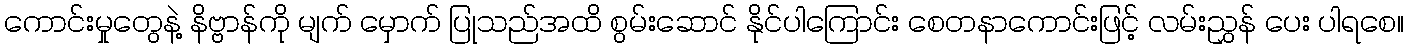
ကောင်းမှုတွေနဲ့ နိဗ္ဗာန်ကို မျက် မှောက် ပြုသည်အထိ စွမ်းဆောင် နိုင်ပါကြောင်း စေတနာကောင်းဖြင့် လမ်းညွှန် ပေး ပါရစေ။